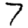
Digit: 7